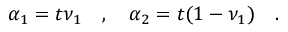
\alpha _ { 1 } = t \nu _ { 1 } \quad , \quad \alpha _ { 2 } = t ( 1 - \nu _ { 1 } ) \quad .